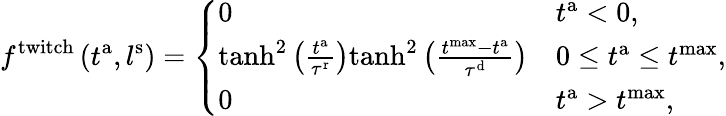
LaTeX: f^{\mathrm{twitch}}\left(t^{\mathrm{a}},l^{\mathrm{s}}\right)=\left\{ \begin{array}{ll}{0}&{t^{\mathrm{a}}<0,}\\ {\mathrm{tanh}^{2}\left(\frac{t^{\mathrm{a}}}{\tau^{\mathrm{r}}}\right)\mathrm{tanh}^{2}\left(\frac{t^{\mathrm{max}}-t^{\mathrm{a}}}{\tau^{\mathrm{d}}}\right)}&{0\leq t^{\mathrm{a}}\leq t^{\mathrm{max}},}\\ {0}&{t^{\mathrm{a}}>t^{\mathrm{max}},}\end{array}\right.